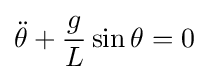
{\ddot {\theta }}+{\frac {g}{L}}\sin \theta =0